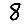
Digit: 8